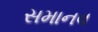
સમાનવ